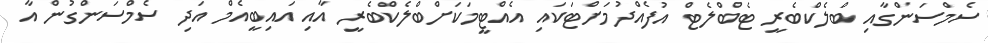
ސެމްސަންގާއި ބްލެކްބެރީ ޓެބްލެޓް އުފެއްދުމަށްޓަކައި އެއްޓީމަކަށްބްލެކްބެރީ އާއި އައިބީއެމް އަދި ސެމްސަންގުން އާ